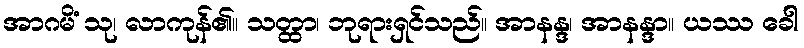
အာဂမိံ သု၊ လာကုန်၏။ သတ္ထာ၊ ဘုရားရှင်သည်။ အာနန္ဒ၊ အာနန္ဒာ။ ယဿ ခေါ